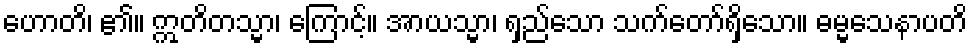
ဟောတိ၊ ၏။ ဣတိတသ္မာ၊ ကြောင့်။ အာယသ္မာ၊ ရှည်သော သက်တော်ရှိသော။ ဓမ္မသေနာပတိ